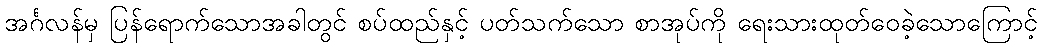
အင်္ဂလန်မှ ပြန်ရောက်သောအခါတွင် စပ်ထည်နှင့် ပတ်သက်သော စာအုပ်ကို ရေးသားထုတ်ဝေခဲ့သောကြောင့်